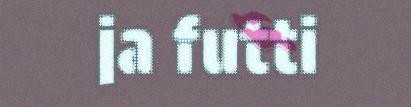
ja futti